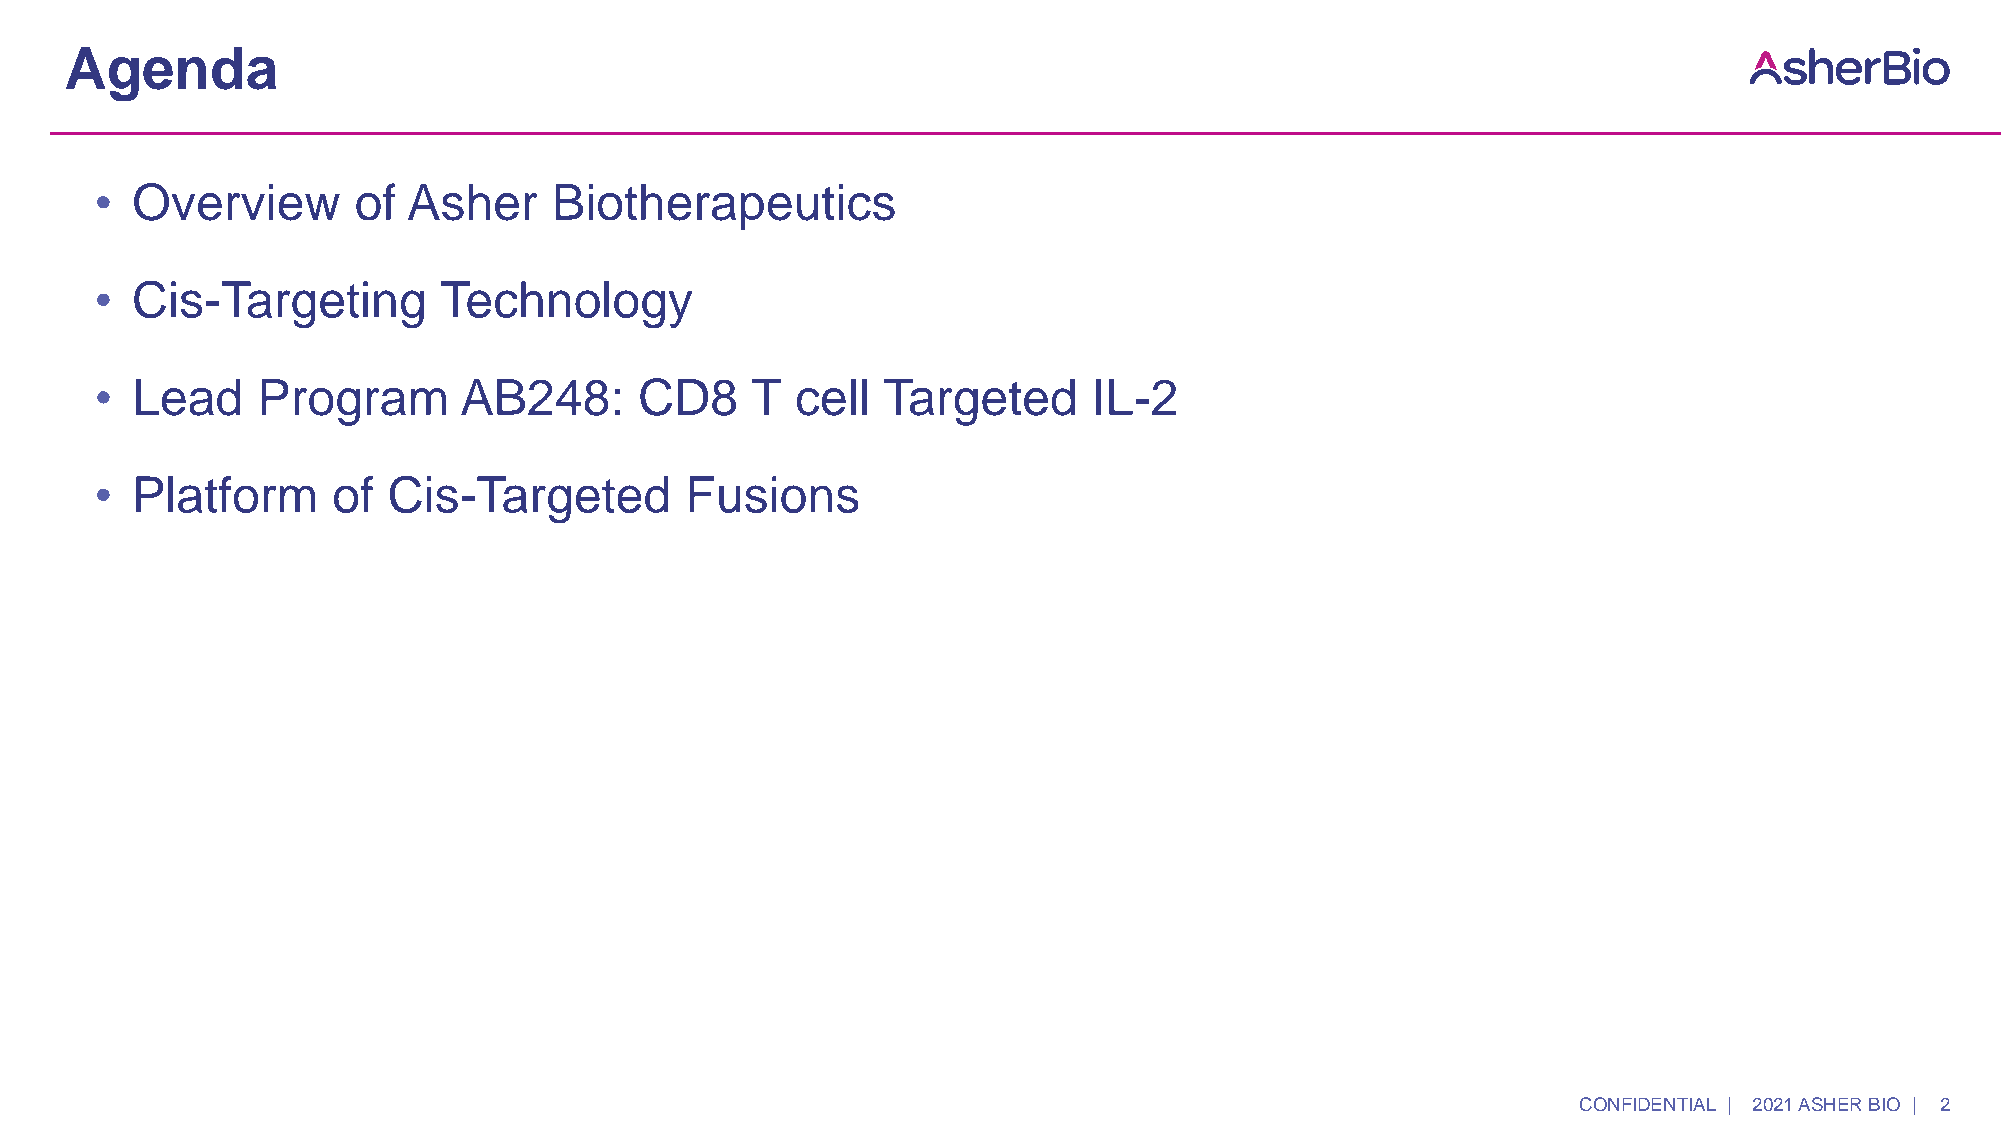
Agenda
 •  Overview      of  Asher     Biotherapeutics
 •  Cis-Targeting       Technology
 •  Lead    Program      AB248:      CD8     T  cell Targeted      IL-2
 •  Platform     of  Cis-Targeted       Fusions
 CONFIDENTIAL | 2021 ASHER BIO | 2